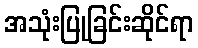
အသုံးပြုခြင်းဆိုင်ရာ